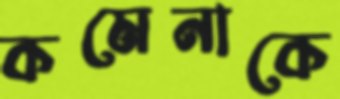
কমেনাকে